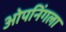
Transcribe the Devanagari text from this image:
ओपनिंगला